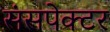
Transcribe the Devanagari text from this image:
संसपेक्टर